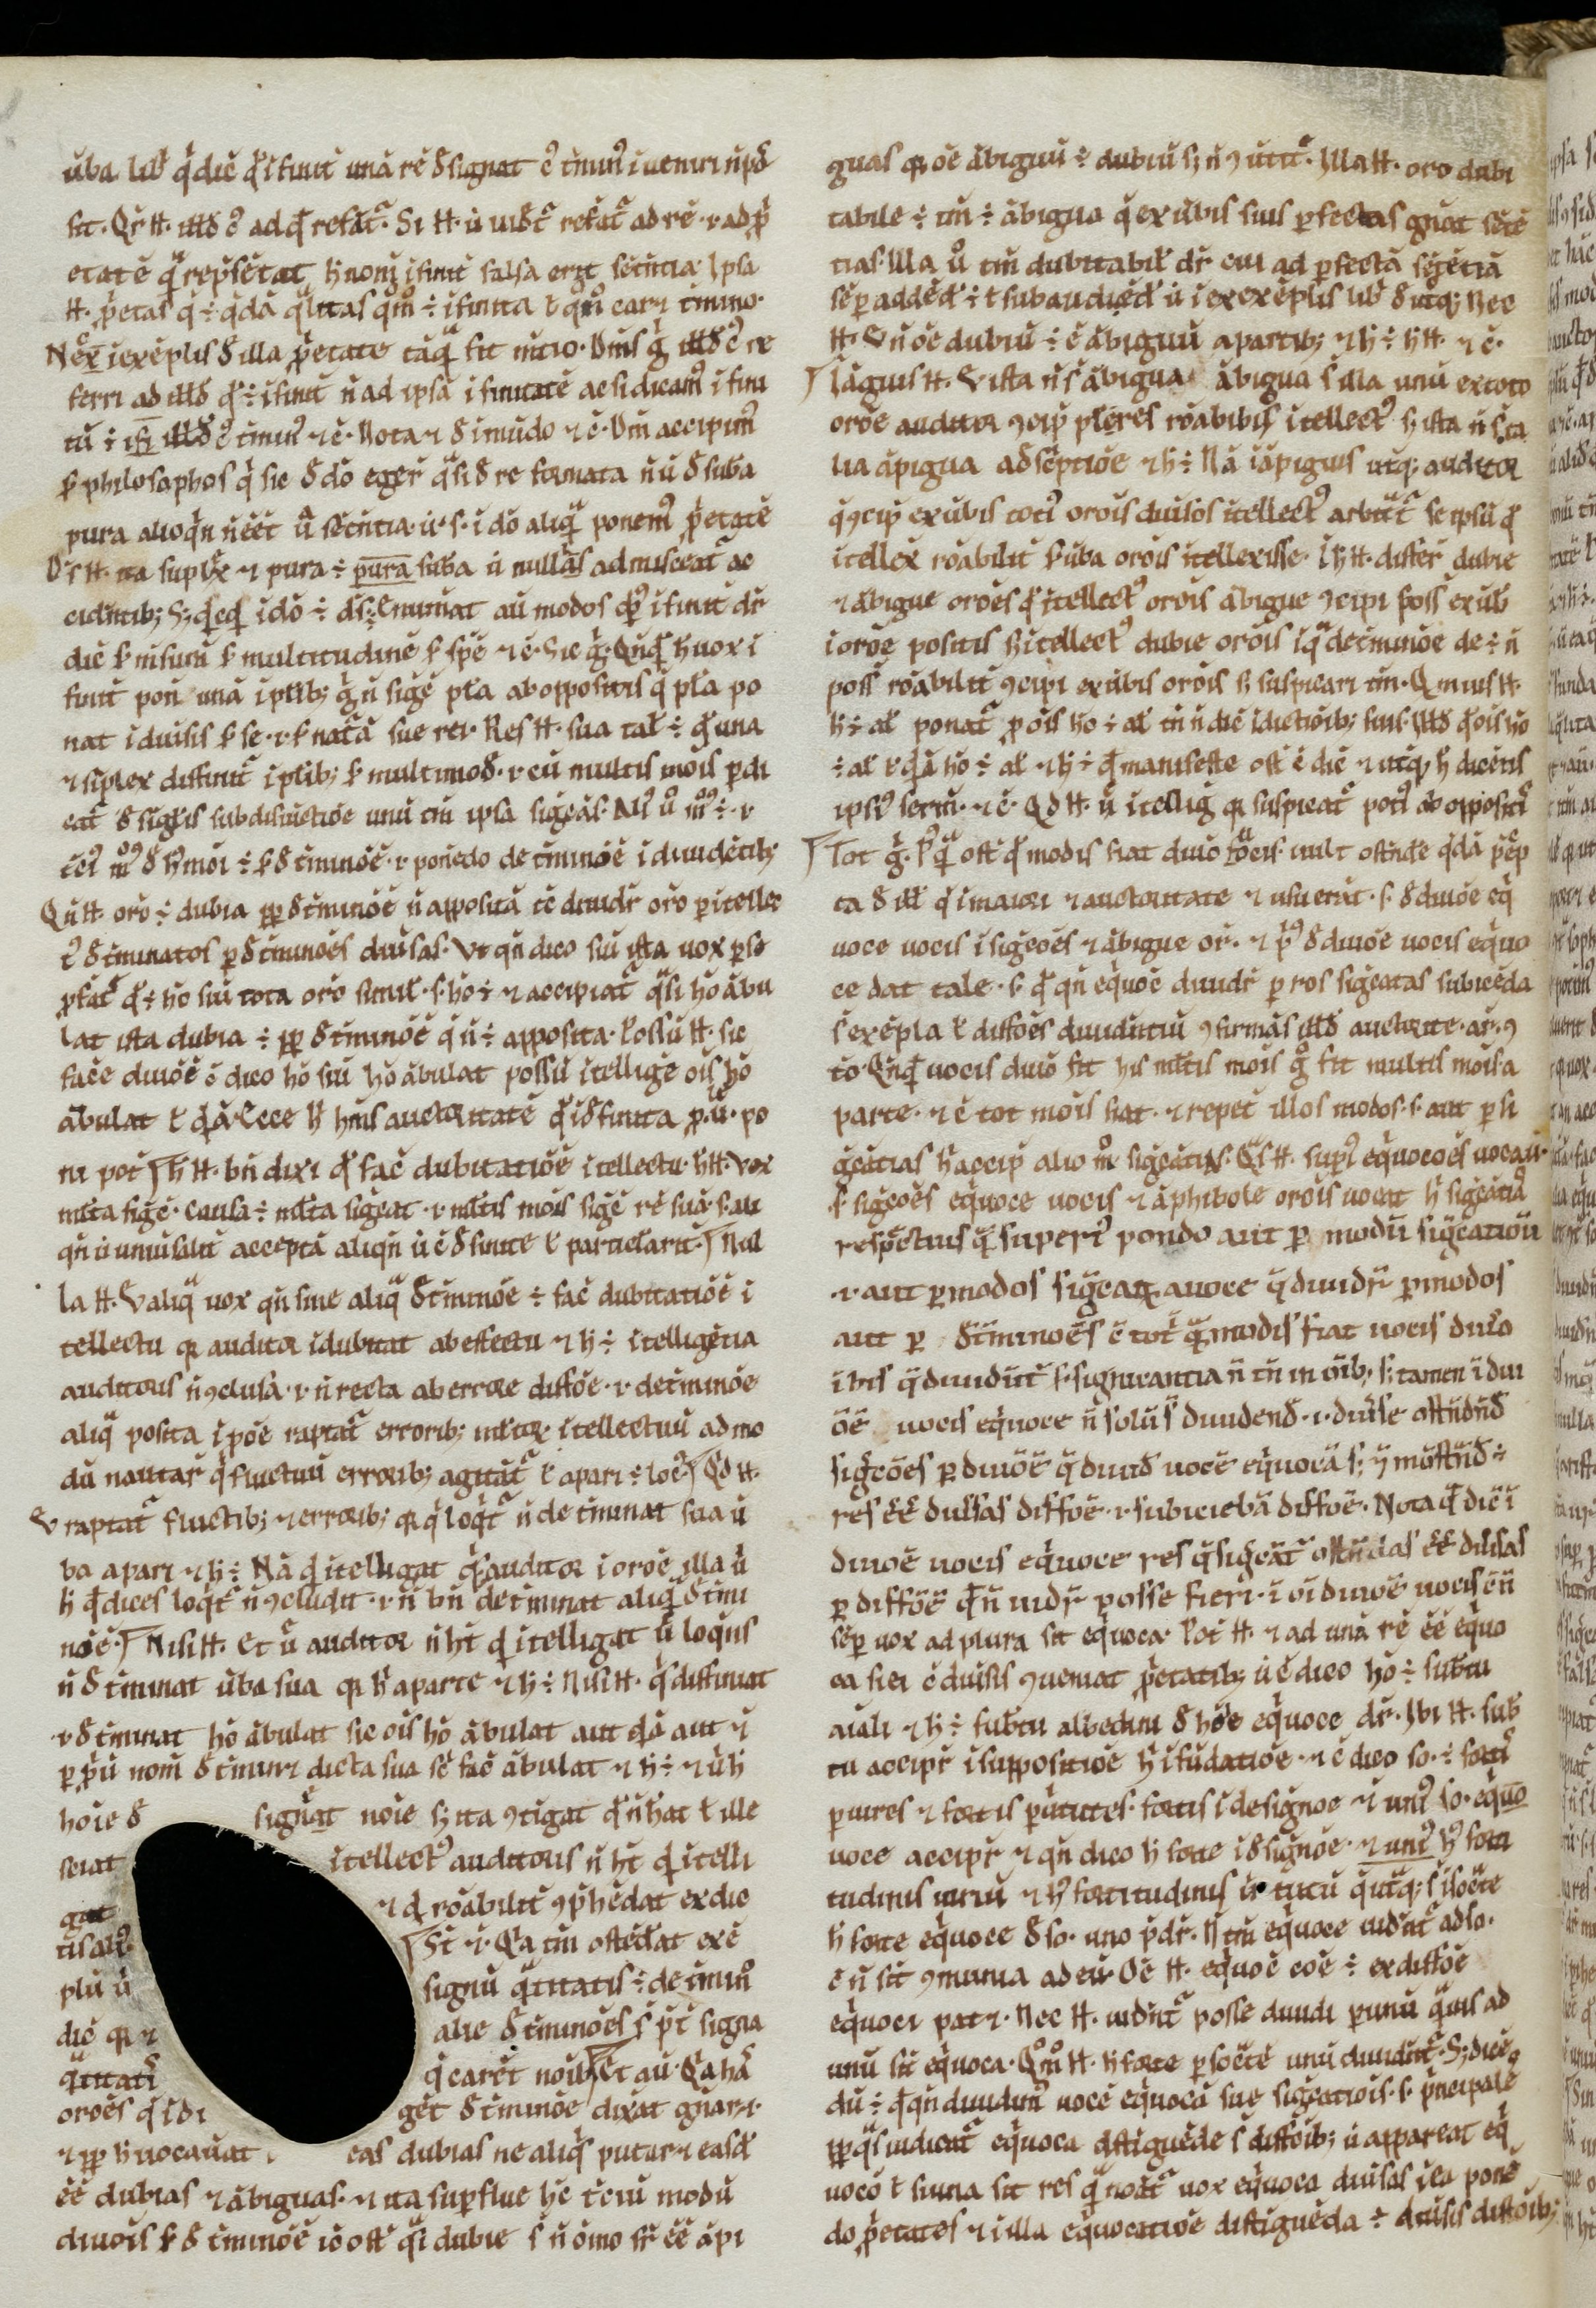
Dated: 900–999